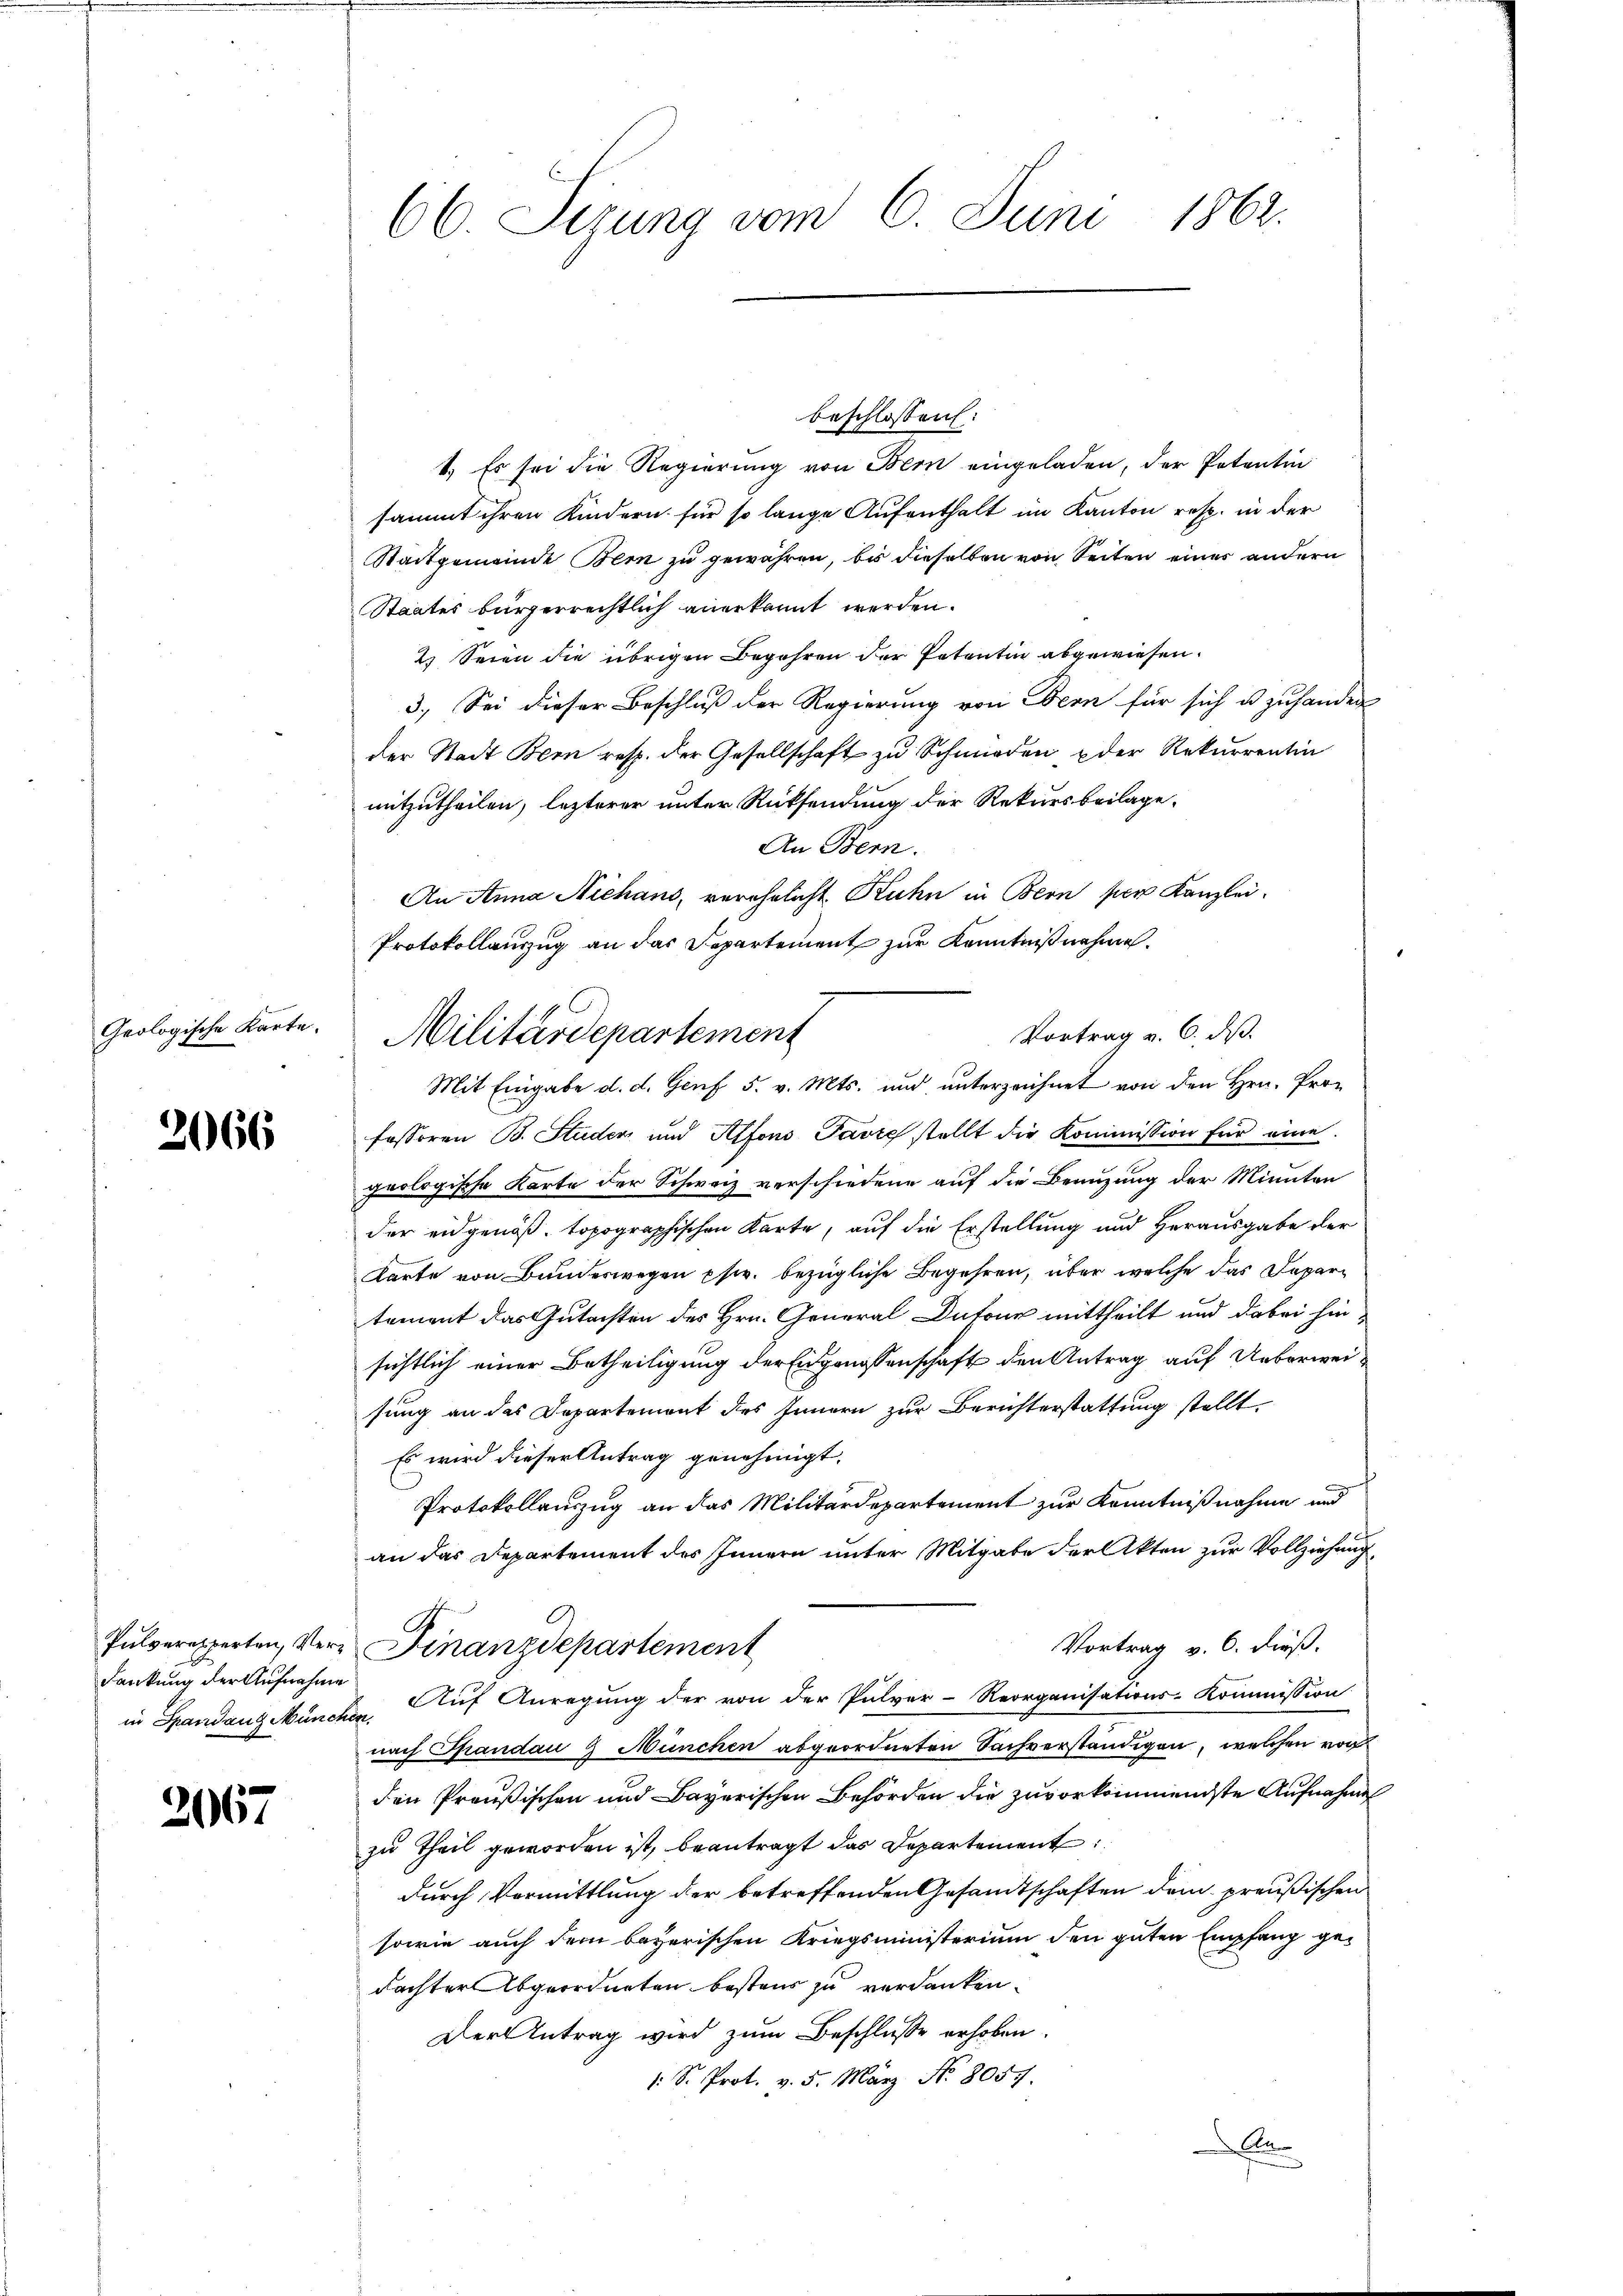
Geologische Karte.

2066

dankung der Aufnahme

2067

66. Sizung vom 6. Juni 1862.

beschlossen:
1.) Es sei die Regierung von Bern eingeladen, der Petentin
sammt ihren Kindern für so lange Aufenthalt im Kanton resp. in der
Stadtgemeinde Bern zu gewähren, bis dieselben von Seiten eines andern
Staates bürgerrechtlich anerkannt werden.
2. Seien die übrigen Begehren der Petentin abgewiesen.
3.) Sei dieser Beschluß der Regierung von Bern für sich u. zu hander
der Stadt Bern resp. der Gesellschaft zu Schmieden der Rekurrentin
mitzutheilen, lezterer unter Rücksendung der Rekurs beilage,
An Bern.
An Anna Niehans, verehelicht Kuhn in Bern per Kanzlei.
Protokollauszug an das Departement zur Kenntnißnahme.
Vortrag v. 6. des
Mit Eingabe d. d. Genf 5. v. Mts. und unterzeichnet von den Hrn. Professoren B. Studer und Alfons Favre stellt die Kommission für eine
geologische Karte der Schweiz verschiedene auf die Benuzung der Minuten
der eidgenöß. topographischen Karte, auf die Erstellung und Herausgabe der
Karte von Bundeswegen psw. bezügliche Begehren, über welche das Departement das Gutachten des Hrn. General Dutour mittheilt und dabei hin-
sichtlich einer Betheiligung der Eidgenossenschaft den Antrag auf Ueberweisung an das Departement des Innern zur Berichterstattung stellt.
Es wird dieser Antrag genehmigt.
Protokollauszug an das Militärdepartement zur Kenntnißnahme und
an das Departement des Innern unter Mitgabe der Akten zur Vollziehung
Vortrag v. 6. dieß.
Pulverexperten, Ver¬ Finanzdepartement
in Spandans München. Auf Anregung der von der Pulver-Reorganisations-Kommission
nach Spandau 9 München abgeordneten Sachverständigen, welchen vor
den Preußischen und Bayerischen Behörden die zuvorkommendste Aufnahme
zu Theil geworden ist, beantragt das Departement
durch Vermittlung der betreffenden Gesandtschaften dem preußischen
sowie auch dem bayerischen Kriegsministerium den guten Empfang gedachter Abgeordneten bestens zu verdanken.
Der Antrag wird zum Beschlusse erhoben.
: S. Prot. v. 5. März No. 8057.
B

Militärdepartement